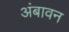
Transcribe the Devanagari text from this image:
अंबावन